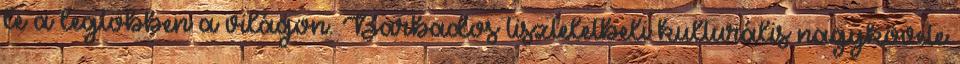
le a legtöbben a világon. Barbados tiszteletbeli kulturális nagykövete